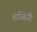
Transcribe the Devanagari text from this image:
तळिगै